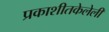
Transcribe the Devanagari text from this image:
प्रकाशीतकेलेली